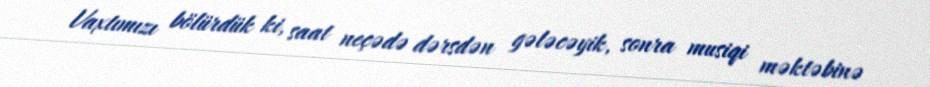
Vaxtımızı bölürdük ki, saat neçədə dərsdən gələcəyik, sonra musiqi məktəbinə